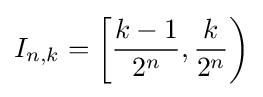
I_{n,k}=\left[{\frac {k-1}{2^{n}}},{\frac {k}{2^{n}}}\right)